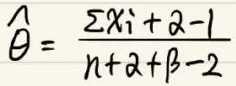
$\hat{\theta}=\frac{\Sigma x_{i}+\alpha - 1}{n+\alpha+\beta - 2}$